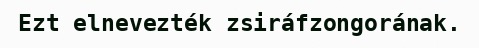
Ezt elnevezték zsiráfzongorának.